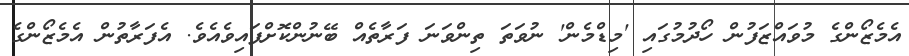
އެމެޒޯންގެ މުވައްޒަފުން ހޯދުމުގައި 'މިޑްމެން' ނުވަތަ ތިންވަނަ ފަރާތެއް ބޭނުންކޮށްފައިވެއެވެ. އެފަރާތުން އެމެޒޯންގެ